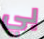
بي